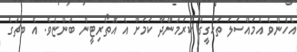
އެހެންވެ އެމައްސަލަ ތަހުގީގު ކުރަމުންދާ ކަމަށް އެ އޮތޯރިޓީން ބުންޏެވެ. އެ ބެޗުގެ